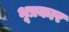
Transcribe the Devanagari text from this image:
भूप्रकार